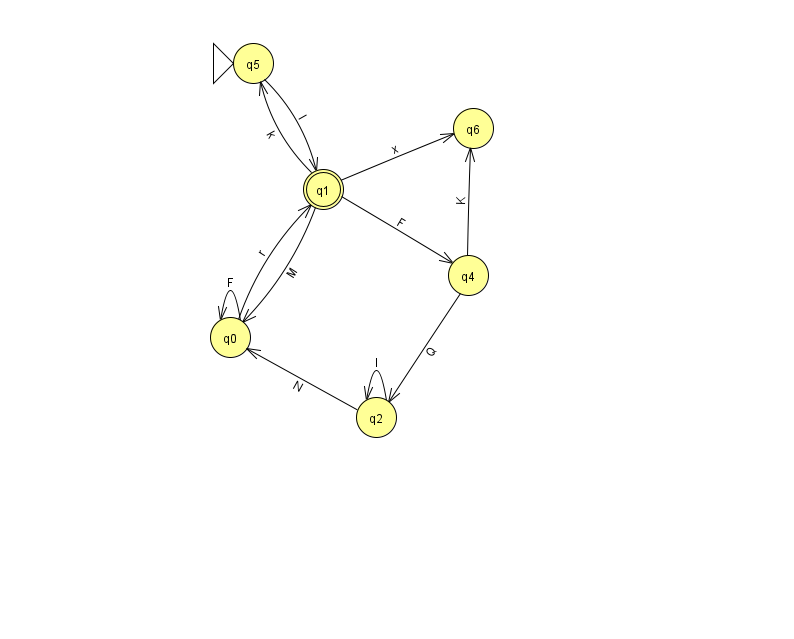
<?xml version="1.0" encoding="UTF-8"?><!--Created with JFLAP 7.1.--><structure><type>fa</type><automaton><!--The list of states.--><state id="0" name="q0"><x>230.0</x><y>324.0</y></state><state id="1" name="q1"><x>323.0</x><y>176.0</y><final/></state><state id="2" name="q2"><x>376.0</x><y>404.0</y></state><state id="4" name="q4"><x>468.0</x><y>262.0</y></state><state id="5" name="q5"><x>253.0</x><y>50.0</y><initial/></state><state id="6" name="q6"><x>473.0</x><y>115.0</y></state><!--The list of transitions.--><transition><from>1</from><to>4</to><read>F</read></transition><transition><from>4</from><to>2</to><read>Q</read></transition><transition><from>0</from><to>1</to><read>r</read></transition><transition><from>0</from><to>0</to><read>F</read></transition><transition><from>4</from><to>6</to><read>K</read></transition><transition><from>1</from><to>6</to><read>x</read></transition><transition><from>2</from><to>2</to><read>I</read></transition><transition><from>1</from><to>0</to><read>M</read></transition><transition><from>1</from><to>5</to><read>k</read></transition><transition><from>5</from><to>1</to><read>l</read></transition><transition><from>2</from><to>0</to><read>N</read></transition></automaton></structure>